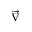
\overrightarrow { \nabla }